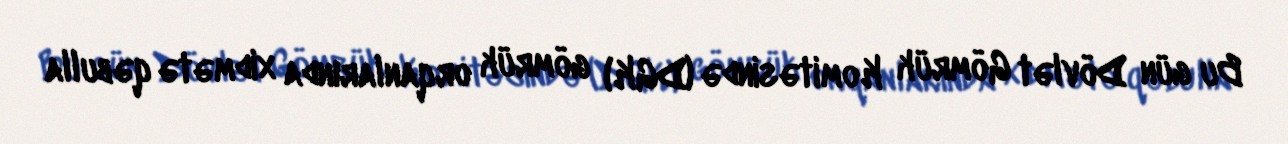
Bu gün Dövlət Gömrük Komitəsində (DGK) gömrük orqanlarında xidmətə qəbulla